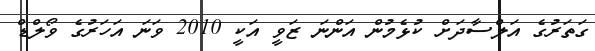
ގަތަރުގެ އަލްސާދަށް ކުޅެމުން އަންނަ ޒަވީ އަކީ 2010 ވަނަ އަހަރުގެ ވޯލްޑް